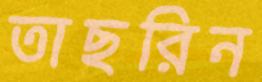
তাছরিন